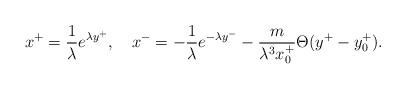
LaTeX: \begin{align*}x^+=\frac{1}{\lambda} e^{\lambda y^+},~~~x^-=-\frac{1}{\lambda}e^{-\lambda y^-} -\frac{m}{\lambda^3 x^+_0}\Theta(y^+ - y^+_0) .\end{align*}